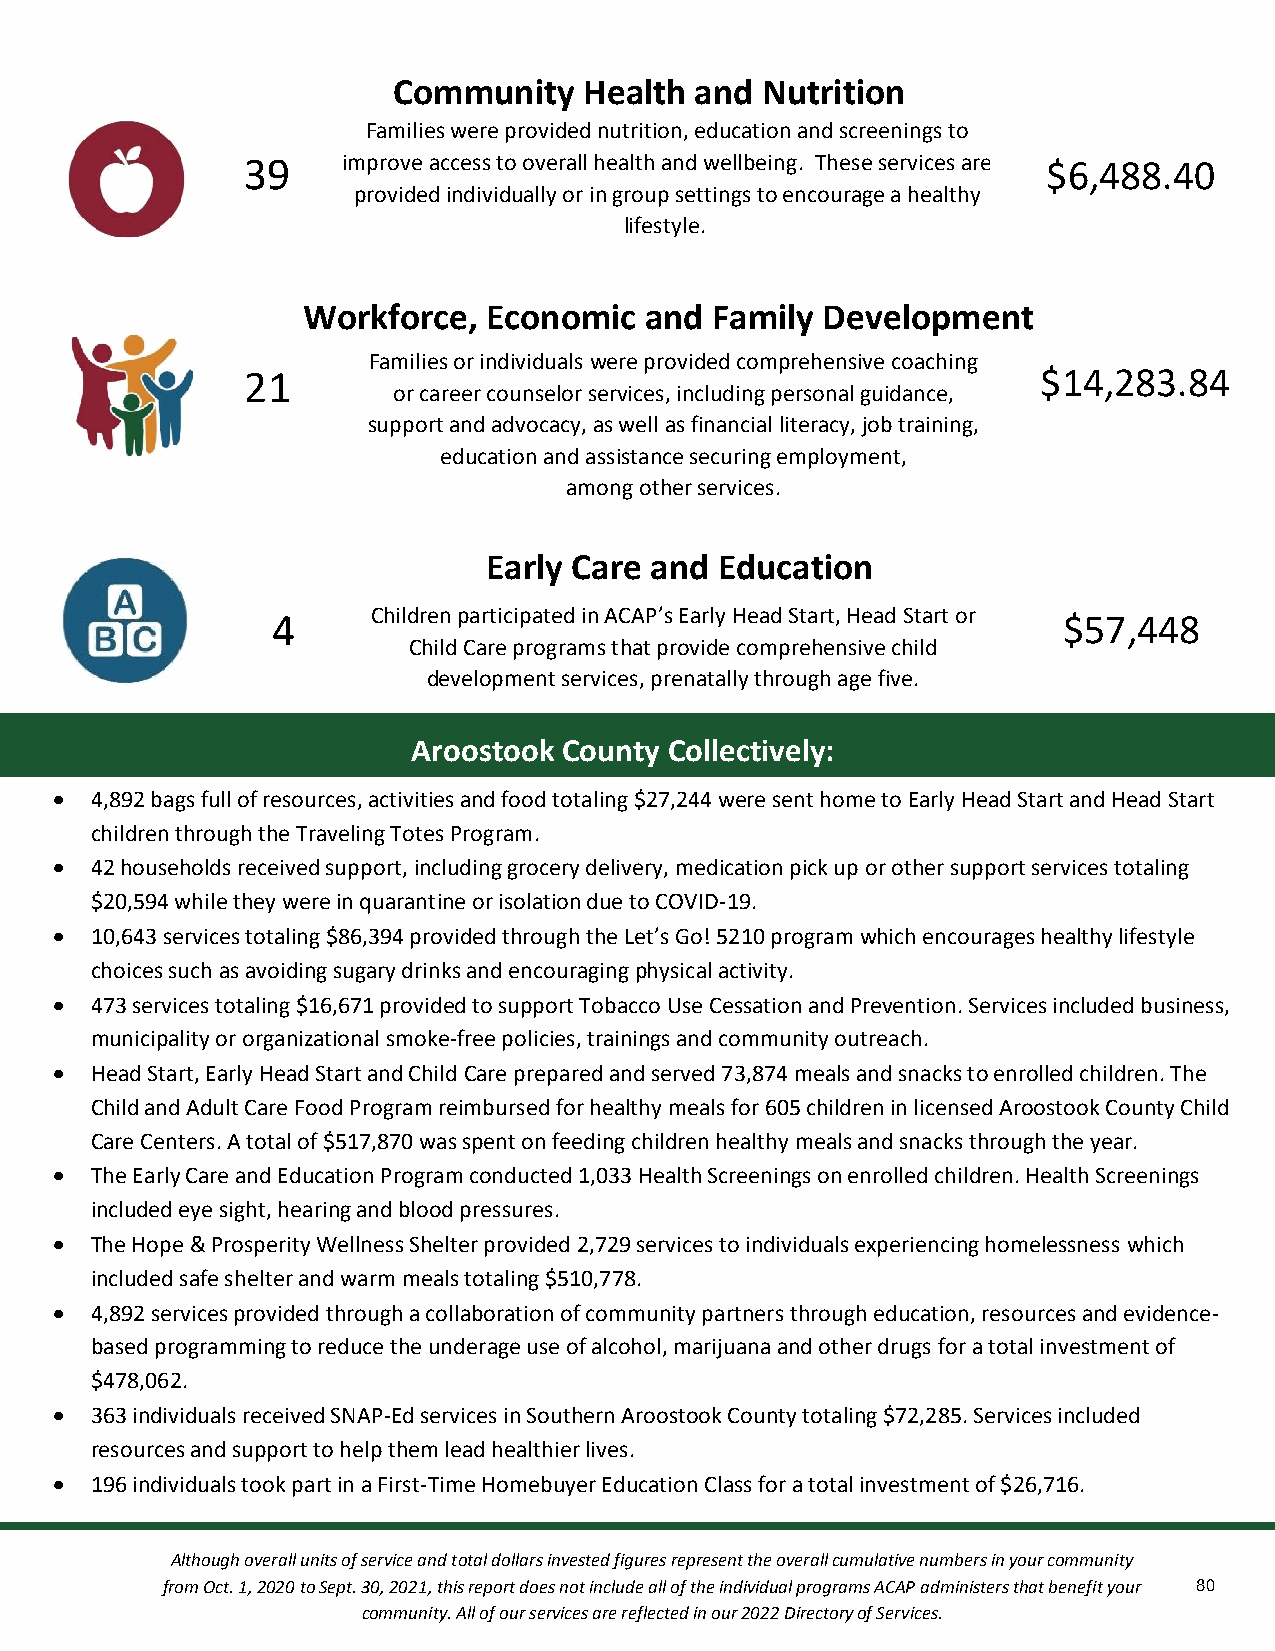
Community    Health and Nutrition
 Families were provided nutrition, education and screenings to
 39     imp rove access to overall healt&h a nd wellbeing. These services are $6,488.40
 provided individually or in group settings to encourage a healthy
 lifestyle.
 cation
 Workforce,  Economic   and Family Development
 Families or individuals were provided comprehensive coaching
 21                                                   $14,283.84
 or career counselor services, including personal guidacnacet,i on
 support and advocacy, as well as financial literacy, job training,
 education and assistance securing employment,
 among other services.
 Early Care and  Education
 4      Children participated in ACAP’s Early Head Start, Head Start or $57,448
 Child Care programs that provide comprehensive child
 development services, prenatally through age five.
 Aroostook County Collectively:
  4,892 bags full of resources, activities and food totaling $27,244 were sent home to Early Head Start and Head Start
 children through the Traveling Totes Program.
  42 households received support, including grocery delivery, medication pick up or other support services totaling
 $20,594 while they were in quarantine or isolation due to COVID-19.
  10,643 services totaling $86,394 provided through the Let’s Go! 5210 program which encourages healthy lifestyle
 choices such as avoiding sugary drinks and encouraging physical activity.
  473 services totaling $16,671 provided to support Tobacco Use Cessation and Prevention. Services included business,
 municipality or organizational smoke-free policies, trainings and community outreach.
  Head Start, Early Head Start and Child Care prepared and served 73,874 meals and snacks to enrolled children. The
 Child and Adult Care Food Program reimbursed for healthy meals for 605 children in licensed Aroostook County Child
 Care Centers. A total of $517,870 was spent on feeding children healthy meals and snacks through the year.
  The Early Care and Education Program conducted 1,033 Health Screenings on enrolled children. Health Screenings
 included eye sight, hearing and blood pressures.
  The Hope & Prosperity Wellness Shelter provided 2,729 services to individuals experiencing homelessness which
 included safe shelter and warm meals totaling $510,778.
  4,892 services provided through a collaboration of community partners through education, resources and evidence-
 based programming to reduce the underage use of alcohol, marijuana and other drugs for a total investment of
 $478,062.
  363 individuals received SNAP-Ed services in Southern Aroostook County totaling $72,285. Services included
 resources and support to help them lead healthier lives.
  196 individuals took part in a First-Time Homebuyer Education Class for a total investment of $26,716.
 Although overall units of service and total dollars invested figures represent the overall cumulative numbers in your community
 from Oct. 1, 2020 to Sept. 30, 2021, this report does not include all of the individual programs ACAP administers that benefit your 80
 community. All of our services are reflected in our 2022 Directory of Services.